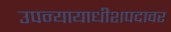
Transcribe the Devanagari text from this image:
उपन्यायाधीशपदावर